38_143685_box_Incident_Summaries_101-172
Agency: Department of War
Page 75
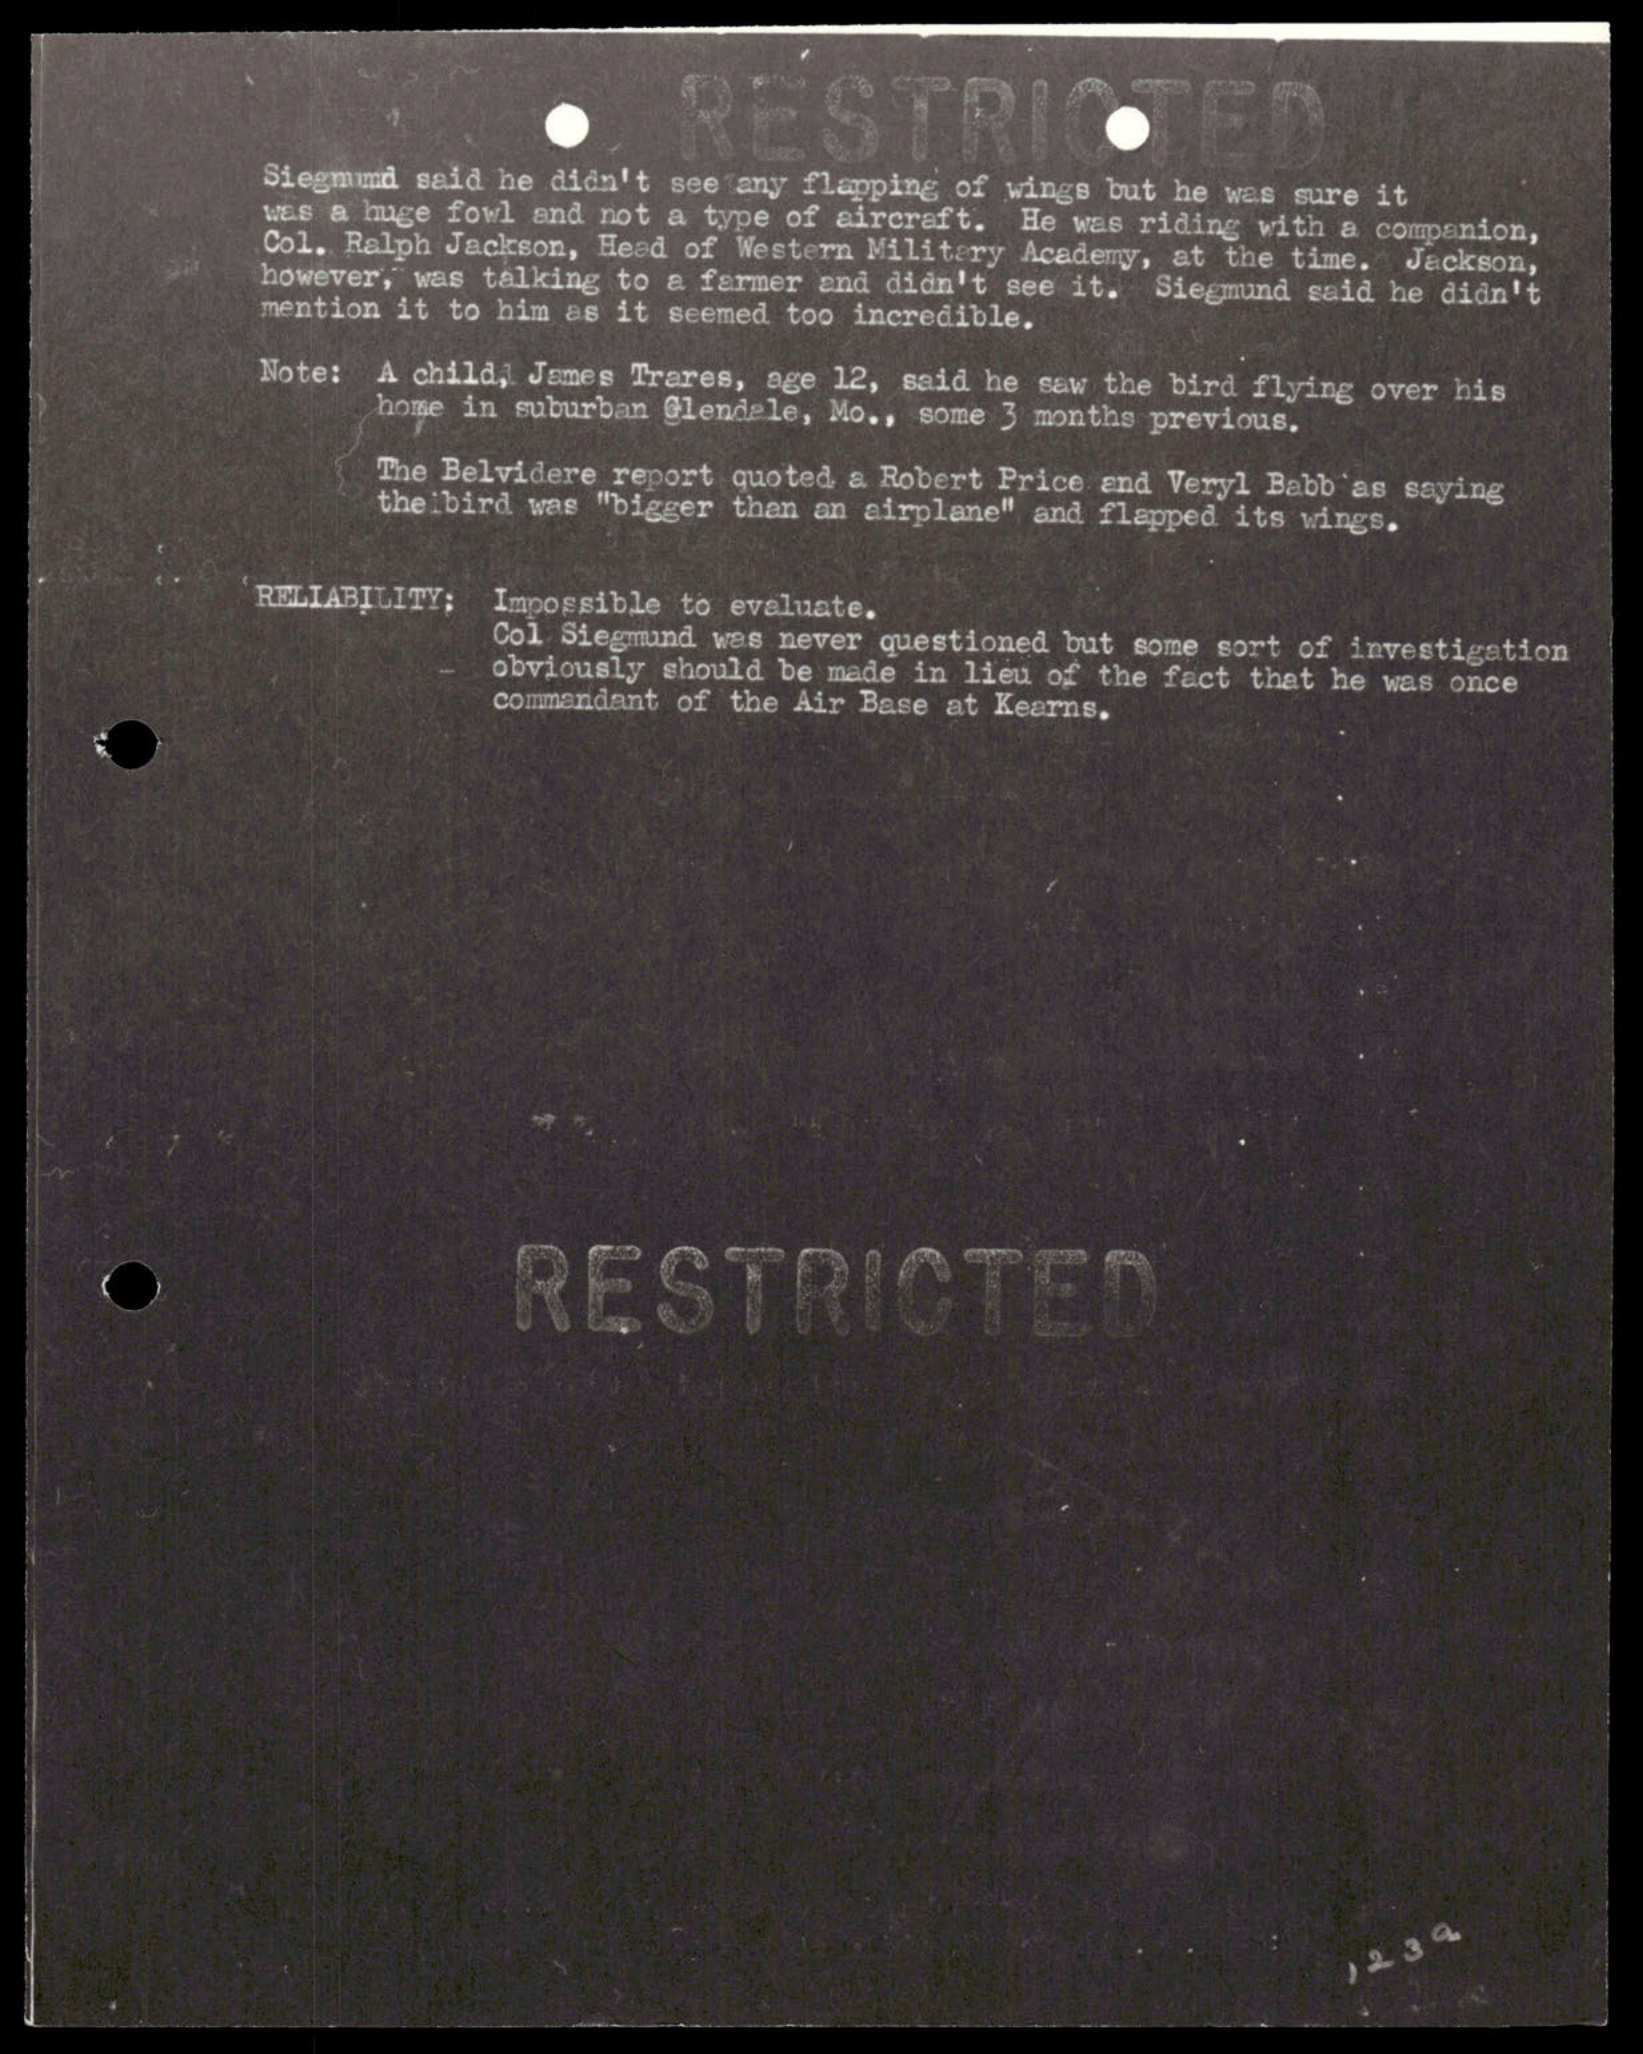